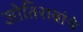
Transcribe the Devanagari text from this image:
जोतिरावांचे